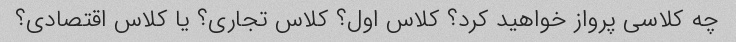
چه کلاسی پرواز خواهید کرد؟ کلاس اول؟ کلاس تجاری؟ یا کلاس اقتصادی؟